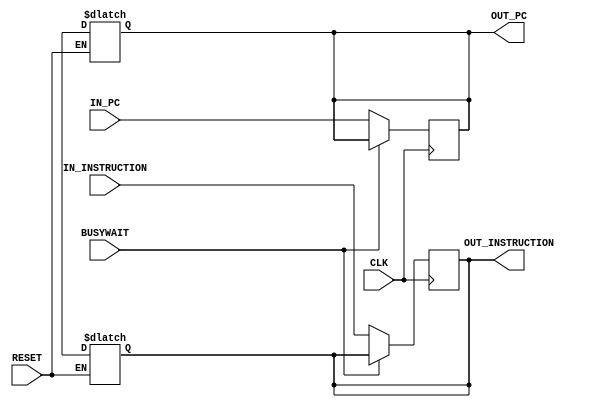
 /*______________________________________________________________________________
  |                                                                              |
  |  File Name         -if_id_pipeline_reg.v                                    |
  |  Created By        -Group1(E17)                                              |
  |  Project/ Course   -CO502                                                    |
  |  Institute         -University of peradeniya                                 |
  |  Date              -05.04.2023                                               |
  |  Discription       -Pipeline Register                                        |
  |______________________________________________________________________________|
  
*/
module if_id_pipeline_reg( CLK, RESET, BUSYWAIT,IN_INSTRUCTION, IN_PC, OUT_INSTRUCTION, OUT_PC);

    //declare the ports
    input [31:0] IN_INSTRUCTION, IN_PC;
    input CLK, RESET, BUSYWAIT;
    output reg [31:0] OUT_INSTRUCTION, OUT_PC;

    //RESETTING output registers
    always @ (*) begin
        if (RESET) begin
            #1;
            OUT_PC = 32'dx;
            OUT_INSTRUCTION = 32'dx;
        end
    end

    //Writing the input values to the output registers, 
    //when the RESET is low and when the CLOCK is at a positive edge and BUSYWAIT is low 
    always @(posedge CLK)
    begin
        #0;
        if (!BUSYWAIT) begin
            OUT_PC <= IN_PC;
            OUT_INSTRUCTION <= IN_INSTRUCTION;
        end
    end


endmodule